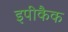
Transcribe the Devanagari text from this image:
इपीकैक